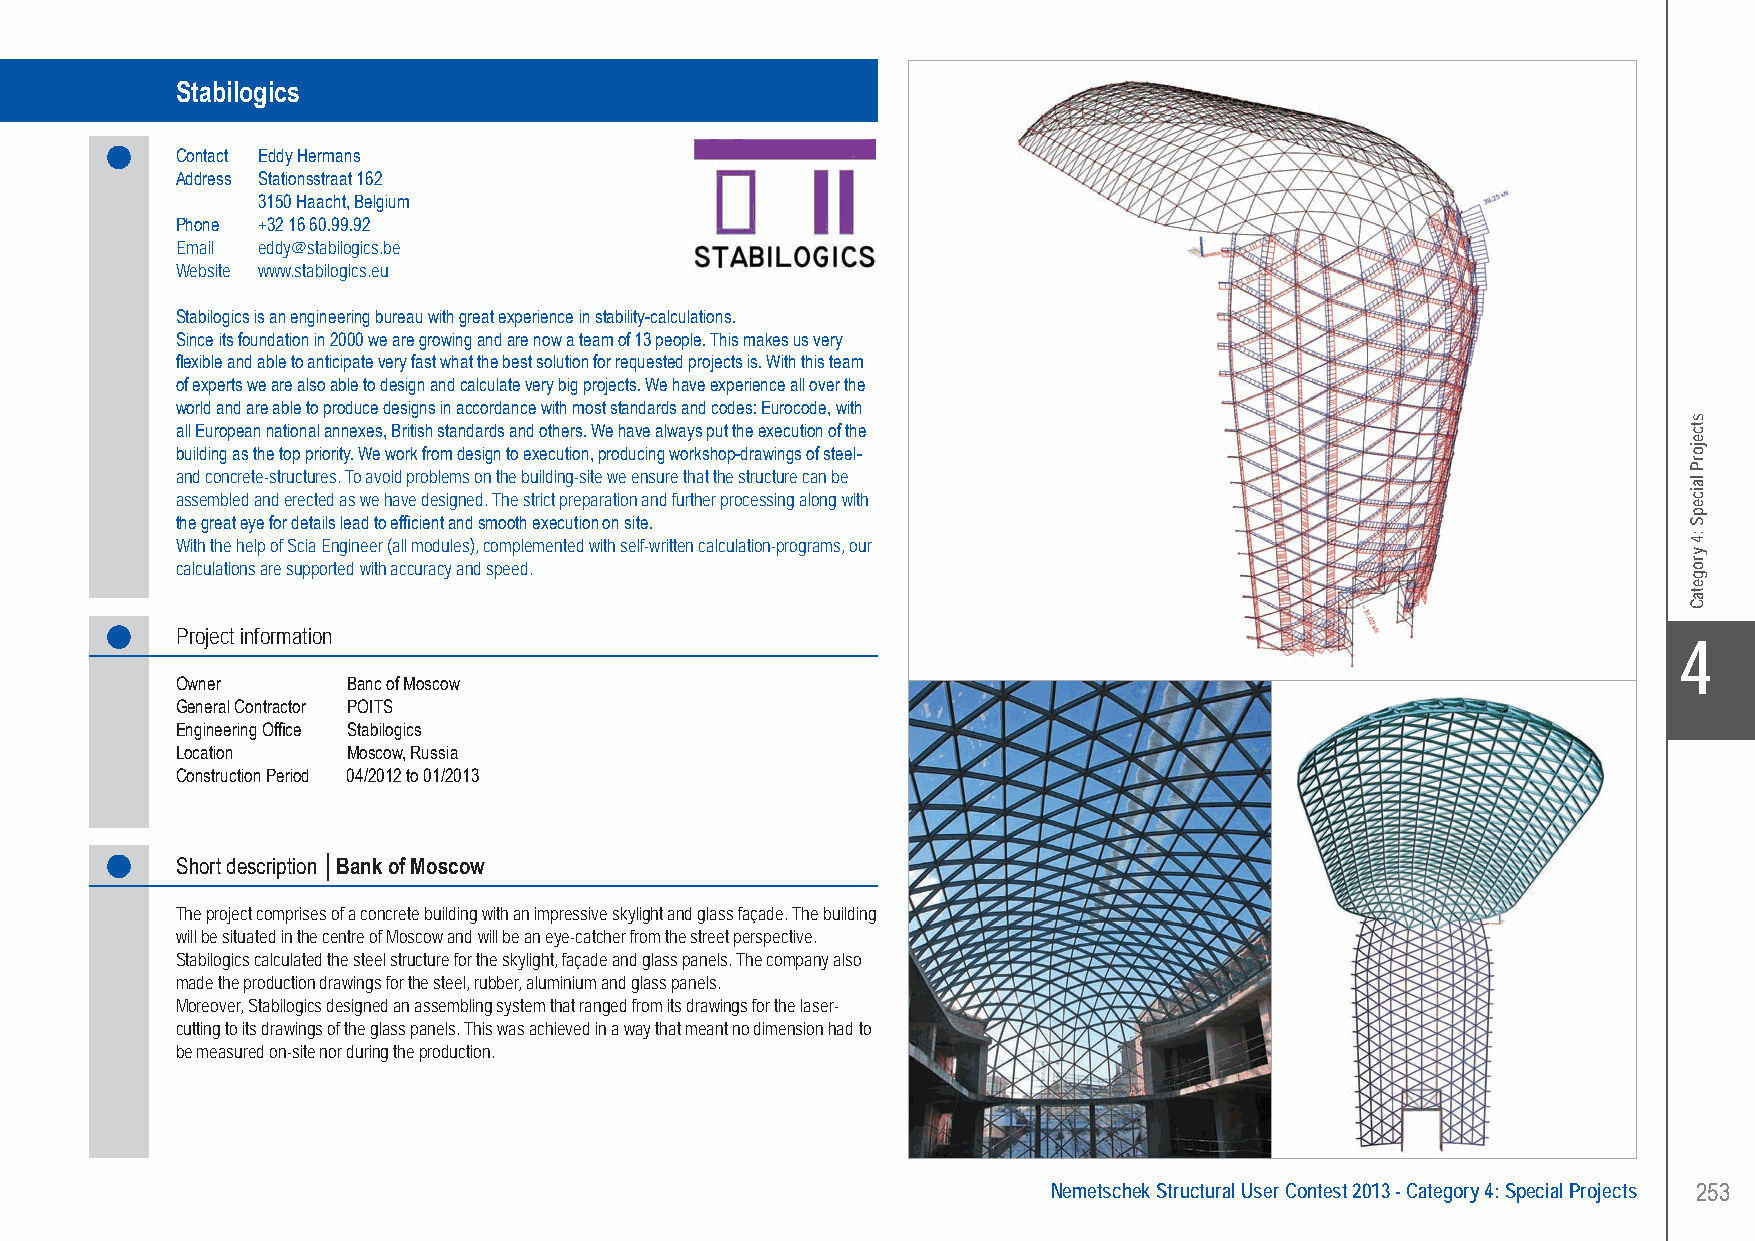
Stabilogics......................... Bank of Moscow - Moscow, Russia
 Stabilogics
 Contact Eddy Hermans
 Address Stationsstraat 162
 3150 Haacht, Belgium
 Phone +32 16 60.99.92
 Email eddy@stabilogics.be
 Website www.stabilogics.eu
 Stabilogics is an engineering bureau with great experience in stability-calculations.
 Since its foundation in 2000 we are growing and are now a team of 13 people. This makes us very
 flexible and able to anticipate very fast what the best solution for requested projects is. With this team
 of experts we are also able to design and calculate very big projects. We have experience all over the
 world and are able to produce designs in accordance with most standards and codes: Eurocode, with
 all European national annexes, British standards and others. We have always put the execution of the
 building as the top priority. We work from design to execution, producing workshop-drawings of steel-
 and concrete-structures. To avoid problems on the building-site we ensure that the structure can be
 assembled and erected as we have designed. The strict preparation and further processing along with
 the great eye for details lead to efficient and smooth execution on site.
 With the help of Scia Engineer (all modules), complemented with self-written calculation-programs, our
 calculations are supported with accuracy and speed.
 Project information
 X4
 Owner      Banc of Moscow
 General Contractor POITS
 Engineering Office Stabilogics
 Location   Moscow, Russia
 Construction Period 04/2012 to 01/2013
 Short description │Bank of Moscow
 The project comprises of a concrete building with an impressive skylight and glass façade. The building
 will be situated in the centre of Moscow and will be an eye-catcher from the street perspective.
 Stabilogics calculated the steel structure for the skylight, façade and glass panels. The company also
 made the production drawings for the steel, rubber, aluminium and glass panels.
 Moreover, Stabilogics designed an assembling system that ranged from its drawings for the laser-
 cutting to its drawings of the glass panels. This was achieved in a way that meant no dimension had to
 be measured on-site nor during the production.
 Nemetschek Structural User Contest 2013 - Category 4: Special Projects 253
 UC-2013-Book-V8.indd 253                                                                                  7/11/2013 11:55:11 AM
 stcejorP
 laicepS
 :4
 yrogetaC